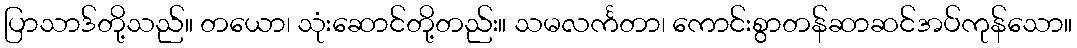
ပြာသာဒ်တို့သည်။ တယော၊ သုံးဆောင်တို့တည်း။ သမလင်္ကတာ၊ ကောင်းစွာတန်ဆာဆင်အပ်ကုန်သော။